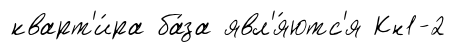
кварт'и́ра ба́за явл'я́ютс'я Кн1-2